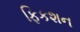
ફિકશન